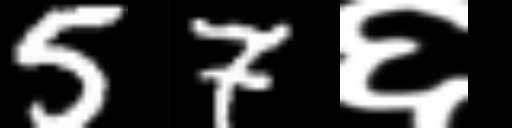
Text: 57६